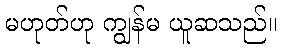
မဟုတ်ဟု ကျွန်မ ယူဆသည်။